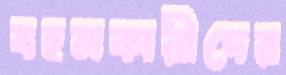
বহনকারীদের